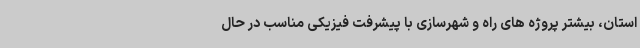
استان، بیشتر پروژه های راه و شهرسازی با پیشرفت فیزیکی مناسب در حال